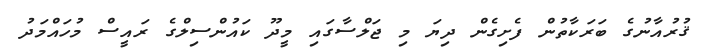
ޤުރުއާނުގެ ބަރަކާތުން ފެށިގެން ދިޔަ މި ޖަލްސާގައި މީދޫ ކައުންސިލްގެ ރައީސް މުހައްމަދު